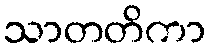
သာတတိကာ